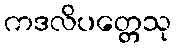
ကဒလိပတ္တေသု